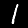
Label: 1